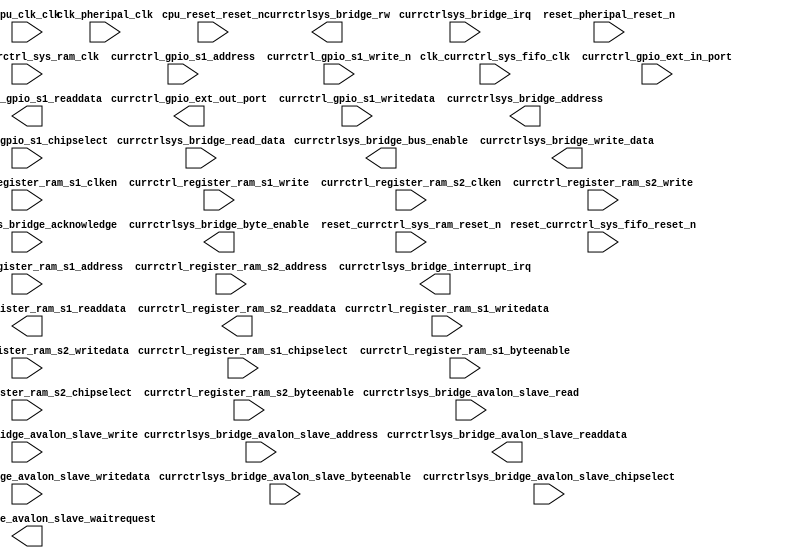

module CurrCTRL_SYS (
	clk_currctrl_sys_fifo_clk,
	clk_currctrl_sys_ram_clk,
	clk_pheripal_clk,
	cpu_clk_clk,
	cpu_reset_reset_n,
	currctrl_gpio_ext_in_port,
	currctrl_gpio_ext_out_port,
	currctrl_gpio_s1_address,
	currctrl_gpio_s1_write_n,
	currctrl_gpio_s1_writedata,
	currctrl_gpio_s1_chipselect,
	currctrl_gpio_s1_readdata,
	currctrl_register_ram_s1_address,
	currctrl_register_ram_s1_clken,
	currctrl_register_ram_s1_chipselect,
	currctrl_register_ram_s1_write,
	currctrl_register_ram_s1_readdata,
	currctrl_register_ram_s1_writedata,
	currctrl_register_ram_s1_byteenable,
	currctrl_register_ram_s2_address,
	currctrl_register_ram_s2_chipselect,
	currctrl_register_ram_s2_clken,
	currctrl_register_ram_s2_write,
	currctrl_register_ram_s2_readdata,
	currctrl_register_ram_s2_writedata,
	currctrl_register_ram_s2_byteenable,
	currctrlsys_bridge_acknowledge,
	currctrlsys_bridge_irq,
	currctrlsys_bridge_address,
	currctrlsys_bridge_bus_enable,
	currctrlsys_bridge_byte_enable,
	currctrlsys_bridge_rw,
	currctrlsys_bridge_write_data,
	currctrlsys_bridge_read_data,
	currctrlsys_bridge_avalon_slave_address,
	currctrlsys_bridge_avalon_slave_byteenable,
	currctrlsys_bridge_avalon_slave_chipselect,
	currctrlsys_bridge_avalon_slave_read,
	currctrlsys_bridge_avalon_slave_write,
	currctrlsys_bridge_avalon_slave_writedata,
	currctrlsys_bridge_avalon_slave_readdata,
	currctrlsys_bridge_avalon_slave_waitrequest,
	currctrlsys_bridge_interrupt_irq,
	reset_currctrl_sys_fifo_reset_n,
	reset_currctrl_sys_ram_reset_n,
	reset_pheripal_reset_n);	

	input		clk_currctrl_sys_fifo_clk;
	input		clk_currctrl_sys_ram_clk;
	input		clk_pheripal_clk;
	input		cpu_clk_clk;
	input		cpu_reset_reset_n;
	input	[31:0]	currctrl_gpio_ext_in_port;
	output	[31:0]	currctrl_gpio_ext_out_port;
	input	[2:0]	currctrl_gpio_s1_address;
	input		currctrl_gpio_s1_write_n;
	input	[31:0]	currctrl_gpio_s1_writedata;
	input		currctrl_gpio_s1_chipselect;
	output	[31:0]	currctrl_gpio_s1_readdata;
	input	[7:0]	currctrl_register_ram_s1_address;
	input		currctrl_register_ram_s1_clken;
	input		currctrl_register_ram_s1_chipselect;
	input		currctrl_register_ram_s1_write;
	output	[31:0]	currctrl_register_ram_s1_readdata;
	input	[31:0]	currctrl_register_ram_s1_writedata;
	input	[3:0]	currctrl_register_ram_s1_byteenable;
	input	[7:0]	currctrl_register_ram_s2_address;
	input		currctrl_register_ram_s2_chipselect;
	input		currctrl_register_ram_s2_clken;
	input		currctrl_register_ram_s2_write;
	output	[31:0]	currctrl_register_ram_s2_readdata;
	input	[31:0]	currctrl_register_ram_s2_writedata;
	input	[3:0]	currctrl_register_ram_s2_byteenable;
	input		currctrlsys_bridge_acknowledge;
	input		currctrlsys_bridge_irq;
	output	[6:0]	currctrlsys_bridge_address;
	output		currctrlsys_bridge_bus_enable;
	output	[3:0]	currctrlsys_bridge_byte_enable;
	output		currctrlsys_bridge_rw;
	output	[31:0]	currctrlsys_bridge_write_data;
	input	[31:0]	currctrlsys_bridge_read_data;
	input	[4:0]	currctrlsys_bridge_avalon_slave_address;
	input	[3:0]	currctrlsys_bridge_avalon_slave_byteenable;
	input		currctrlsys_bridge_avalon_slave_chipselect;
	input		currctrlsys_bridge_avalon_slave_read;
	input		currctrlsys_bridge_avalon_slave_write;
	input	[31:0]	currctrlsys_bridge_avalon_slave_writedata;
	output	[31:0]	currctrlsys_bridge_avalon_slave_readdata;
	output		currctrlsys_bridge_avalon_slave_waitrequest;
	output		currctrlsys_bridge_interrupt_irq;
	input		reset_currctrl_sys_fifo_reset_n;
	input		reset_currctrl_sys_ram_reset_n;
	input		reset_pheripal_reset_n;
endmodule